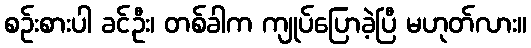
စဉ်းစားပါ ခင်ဦး၊ တစ်ခါက ကျုပ်ပြောခဲ့ပြီ မဟုတ်လား။